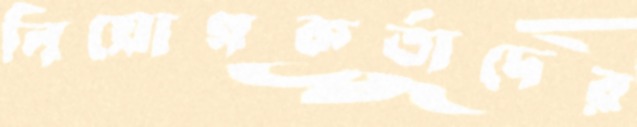
নিয়োগকর্তাদের